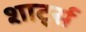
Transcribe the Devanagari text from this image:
शार्ट्स